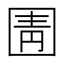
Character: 圊